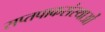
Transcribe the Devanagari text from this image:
सप्तपाकसंस्थाओं